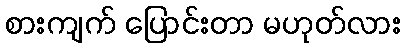
စားကျက် ပြောင်းတာ မဟုတ်လား